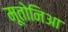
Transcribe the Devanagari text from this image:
मूतोनिआ